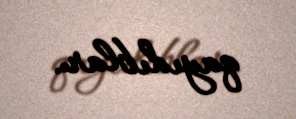
qayıdıblar.